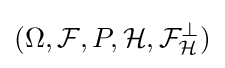
(\Omega ,{\mathcal {F}},P,{\mathcal {H}},{\mathcal {F}}_{\mathcal {H}}^{\perp })